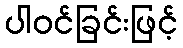
ပါဝင်ခြင်းဖြင့်